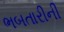
ભબતારીની